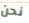
نحن